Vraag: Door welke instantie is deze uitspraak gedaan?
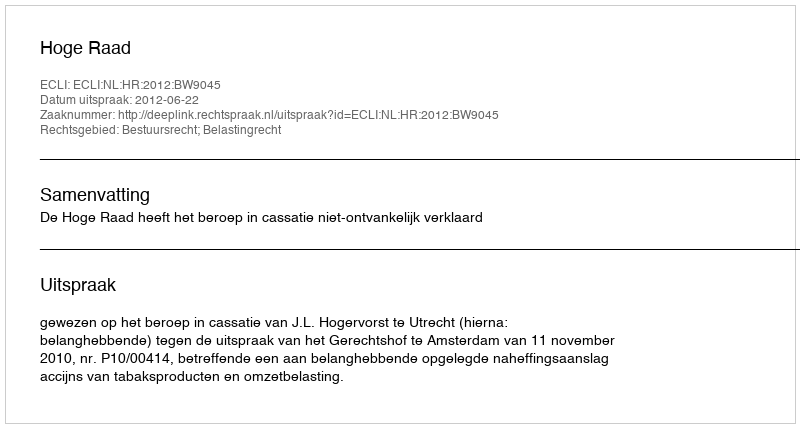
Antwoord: Hoge Raad